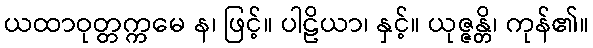
ယထာဝုတ္တက္ကမေ န၊ ဖြင့်။ ပါဠိယာ၊ နှင့်။ ယုဇ္ဇန္တိ၊ ကုန်၏။